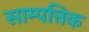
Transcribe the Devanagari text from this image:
साम्पत्तिक